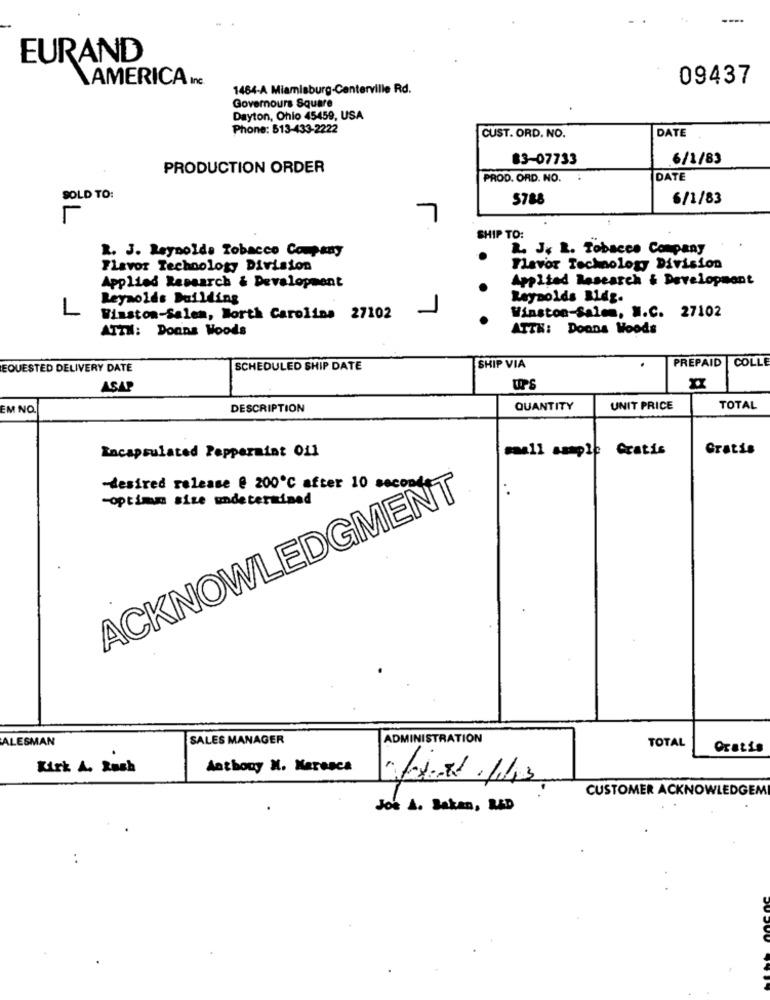
---.
EURAND
AMERICA Inc.
09437
1464-A Miamisburg-Canterville Rd.
Governours Square
Dayton, Ohio 45459, USA
Phone: 513-433-2222
DATE
CUST. ORD. NO.
83-07733
6/1/83
PRODUCTION ORDER
PROD. ORD. NO.
DATE
SOLD TO:
5788
6/1/83
SHIP TO:
R. J. Reynolds Tobacco Company
L. J. L. Tobacco Company
Flavor Technology Division
Flavor Technology Division
Applied Research & Development
Applied Research & Development
Reynolds Building
Reynolds Bldg.
L
Winston-Salem, North Carolina 27102
Winston-Salem, W.C. 27102
ATTN: Doans Woods
ATTH: Doons Woods
PREPAID COLLE
EQUESTED DELIVERY DATE
SCHEDULED SHIP DATE
SHIP VIA
ASAP
EM NO
DESCRIPTION
QUANTITY
UNIT PRICE
TOTAL
small sample Gratis
Gratis
Encapsulated Peppermint Oil
-desired release @ 200℃ after 10 second
ACKNOWLEDGMENT
-optimm size undetermined
ALESMAN
SALES MANAGER
ADMINISTRATION
TOTAL
Oratio
Kirk A. Roch
Anthony N. Maresca
Port .1.43
CUSTOMER ACKNOWLEDGEM
Joe A. Saken, RED